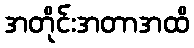
အတိုင်းအတာအထိ